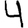
Digit: 4